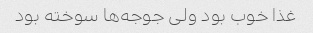
غذا خوب بود ولی جوجه‌ها سوخته بود